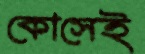
কোসেই